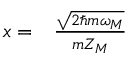
\begin{array} { r l } { x = } & { { } \frac { \sqrt { 2 \hslash m \omega _ { M } } } { m Z _ { M } } } \end{array}